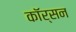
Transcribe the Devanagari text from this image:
कॉर्सन